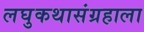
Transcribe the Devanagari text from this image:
लघुकथासंग्रहाला